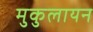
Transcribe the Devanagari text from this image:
मुकुलायन